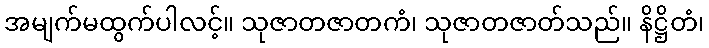
အမျက်မထွက်ပါလင့်။ သုဇာတဇာတကံ၊ သုဇာတဇာတ်သည်။ နိဋ္ဌိတံ၊